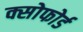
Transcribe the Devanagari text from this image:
क्सोफोर्ड